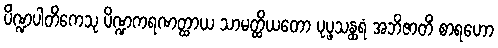
ပိဏ္ဍပါတိကေသု ပိဏ္ဍကရဏတ္ထာယ သာမတ္ထိယတော ပုပ္ဖသန္ထရံ အဘိဇာတိံ စာရဟော